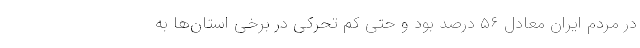
در مردم ایران معادل ۵۶ درصد بود و حتی کم تحرکی در برخی استان‌ها به